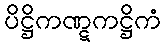
ပိဋ္ဌိကဏ္ဋကဋ္ဌိကံ